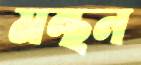
মন্থন